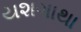
યશગાથા